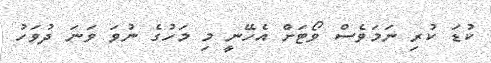
ކުޑަ ކުރި ނަމަވެސް ވޯޓަށް އެހޭނީ މި މަހުގެ ނުވަ ވަނަ ދުވަހު